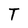
Character: T